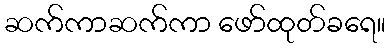
ဆက်ကာဆက်ကာ ဖော်ထုတ်ခရေ။